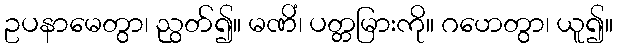
ဥပနာမေတွာ၊ ညွတ်၍။ မဏိံ၊ ပတ္တမြားကို။ ဂဟေတွာ၊ ယူ၍။